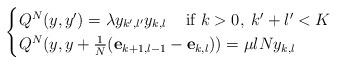
LaTeX: \begin{align*} \begin{cases} Q^N( y , y') = \lambda y_{k',l'}y_{k,l} \;\;\;\mbox{ if }k>0,\; k'+l'<K \\ Q^N( y , y + \frac{1}{N}(\mathbf{e}_{k+1,l-1} - \mathbf{e}_{k,l}) ) = \mu l N y_{k,l} \end{cases} \end{align*}